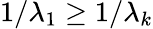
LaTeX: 1/\lambda_{1}\ge 1/\lambda_{k}